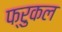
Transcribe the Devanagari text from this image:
फ्रुकल